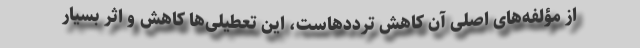
از مؤلفه‌های اصلی آن کاهش ترددهاست، این تعطیلی‌ها کاهش و اثر بسیار